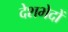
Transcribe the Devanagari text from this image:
देशभेदों